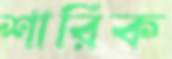
শারিক